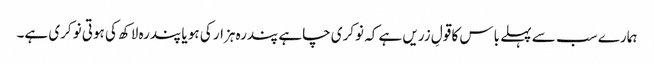
ہمارے سب سے پہلے باس کا قولِ زریں ہے کہ نوکری چاہے پندرہ ہزار کی ہو یا پندرہ لاکھ کی ہوتی نوکری ہے۔